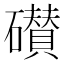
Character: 𰧪